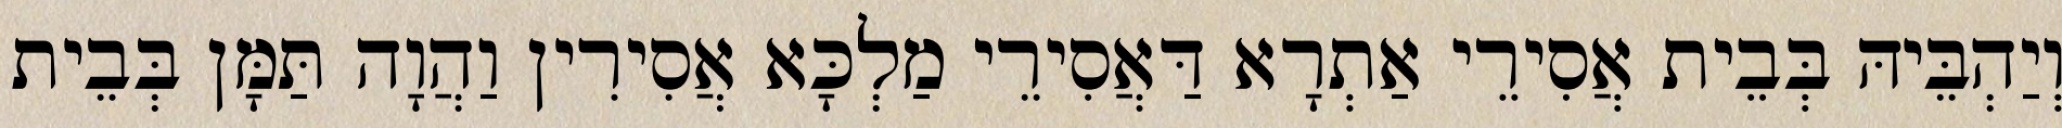
וְיַהְבֵּיהּ בְּבֵית אֲסִירֵי אַתְרָא דַּאֲסִירֵי מַלְכָּא אֲסִירִין וַהֲוָה תַּמָּן בְּבֵית